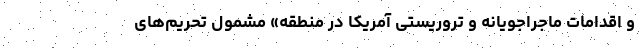
و اقدامات ماجراجویانه و تروریستی آمریکا در منطقه» مشمول تحریم‌های